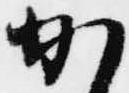
か